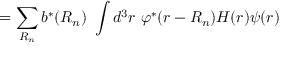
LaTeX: = \sum _ { \boldsymbol { R _ { n } } } b ^ { * } ( { \boldsymbol { R _ { n } } } ) \ \int d ^ { 3 } r \ \varphi ^ { * } ( { \boldsymbol { r - R _ { n } } } ) H ( { \boldsymbol { r } } ) \psi ( { \boldsymbol { r } } )